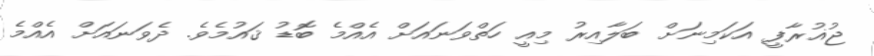
ޖުޣުރާފީ އަކަމިނަށް ބަލާއިރު މިއީ ހަތްވަނައަށް އެއްމެ ބޮޑު ޤައުމެވެ. ދެވަނައަށް އެއްމެ